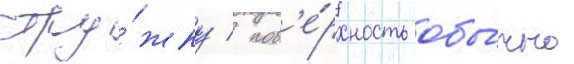
стру́жку / пов'е́рхность обы́чно